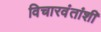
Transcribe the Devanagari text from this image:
विचारवंतांशी